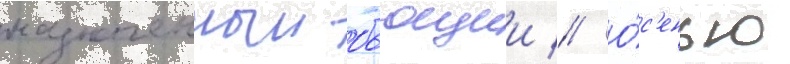
назначенныи бьющии // О́с'енью